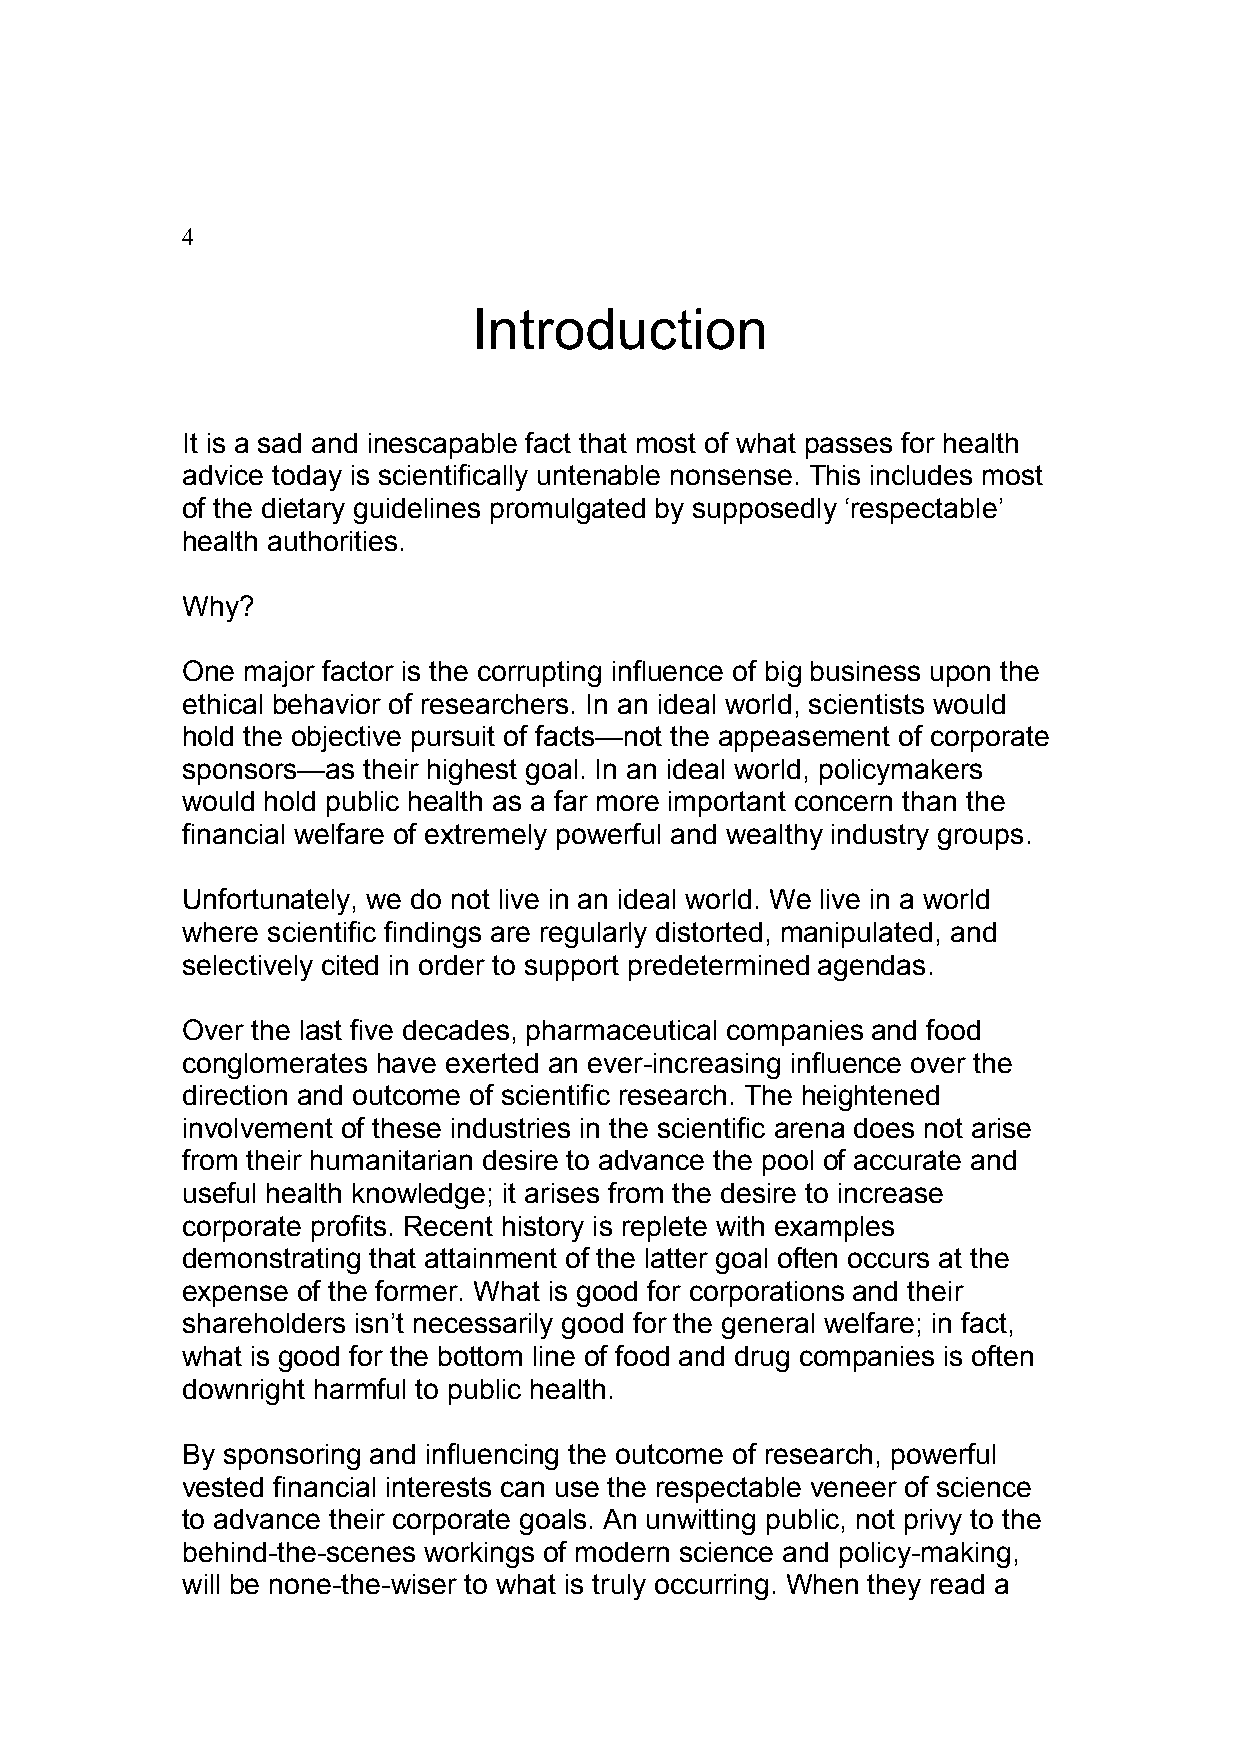
4
 Introduction
 It is a sad and inescapable fact that most of what passes for health
 advice today is scientifically untenable nonsense. This includes most
 of the dietary guidelines promulgated by supposedly ‘respectable’
 health authorities.
 Why?
 One major factor is the corrupting influence of big business upon the
 ethical behavior of researchers. In an ideal world, scientists would
 hold the objective pursuit of facts—not the appeasement of corporate
 sponsors—as their highest goal. In an ideal world, policymakers
 would hold public health as a far more important concern than the
 financial welfare of extremely powerful and wealthy industry groups.
 Unfortunately, we do not live in an ideal world. We live in a world
 where scientific findings are regularly distorted, manipulated, and
 selectively cited in order to support predetermined agendas.
 Over the last five decades, pharmaceutical companies and food
 conglomerates have exerted an ever-increasing influence over the
 direction and outcome of scientific research. The heightened
 involvement of these industries in the scientific arena does not arise
 from their humanitarian desire to advance the pool of accurate and
 useful health knowledge; it arises from the desire to increase
 corporate profits. Recent history is replete with examples
 demonstrating that attainment of the latter goal often occurs at the
 expense of the former. What is good for corporations and their
 shareholders isn’t necessarily good for the general welfare; in fact,
 what is good for the bottom line of food and drug companies is often
 downright harmful to public health.
 By sponsoring and influencing the outcome of research, powerful
 vested financial interests can use the respectable veneer of science
 to advance their corporate goals. An unwitting public, not privy to the
 behind-the-scenes workings of modern science and policy-making,
 will be none-the-wiser to what is truly occurring. When they read a